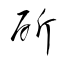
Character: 斫